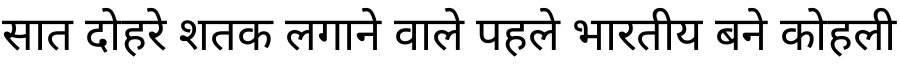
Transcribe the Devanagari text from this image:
सात दोहरे शतक लगाने वाले पहले भारतीय बने कोहली